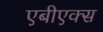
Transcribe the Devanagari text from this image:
एबीएक्स